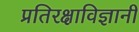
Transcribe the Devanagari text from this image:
प्रतिरक्षाविज्ञानी